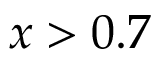
x > 0 . 7